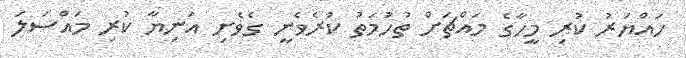
ހައްޔަރު ކުރި މީހާގެ މައްޗަށް ތުހުމަތު ކުރެވެނީ ގެވެށި އަނިޔާ ކުރި މައްސަލަ